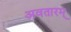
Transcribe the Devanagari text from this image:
अवतारम्